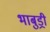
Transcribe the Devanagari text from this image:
भाबुड्री